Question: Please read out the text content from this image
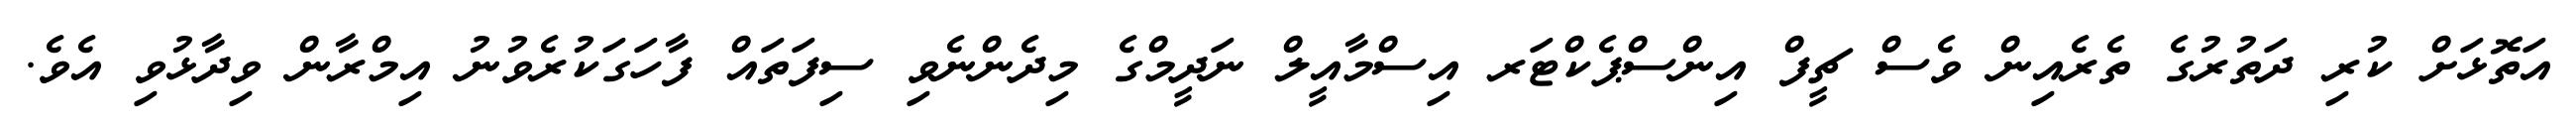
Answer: އަތޮޅަށް ކުރި ދަތުރުގެ ތެރެއިން ވެސް ޗީފް އިންސްޕެކްޓަރ އިސްމާއީލް ނަދީމްގެ މިދެންނެވި ސިފަތައް ފާހަގަކުރެވުނު އިމްރާން ވިދާޅުވި އެވެ.